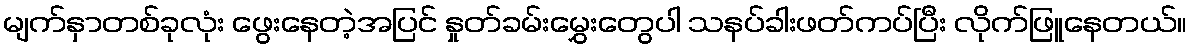
မျက်နှာတစ်ခုလုံး ဖွေးနေတဲ့အပြင် နှုတ်ခမ်းမွှေးတွေပါ သနပ်ခါးဖတ်ကပ်ပြီး လိုက်ဖြူနေတယ်။